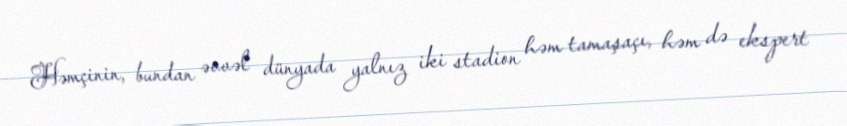
Həmçinin, bundan əvvəl dünyada yalnız iki stadion həm tamaşaçı, həm də ekspert